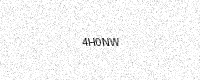
Text: 4H0NW